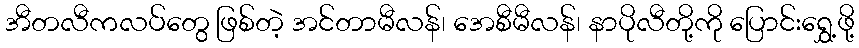
အီတလီကလပ်တွေ ဖြစ်တဲ့ အင်တာမီလန်၊ အေစီမီလန်၊ နာပိုလီတို့ကို ပြောင်းရွှေ့ဖို့